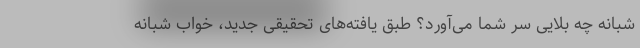
شبانه چه بلایی سر شما می‌آورد؟ طبق یافته‌های تحقیقی جدید، خواب شبانه